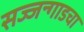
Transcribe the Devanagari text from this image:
सज्जन्गाडचा